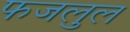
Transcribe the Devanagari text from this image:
फजलुल